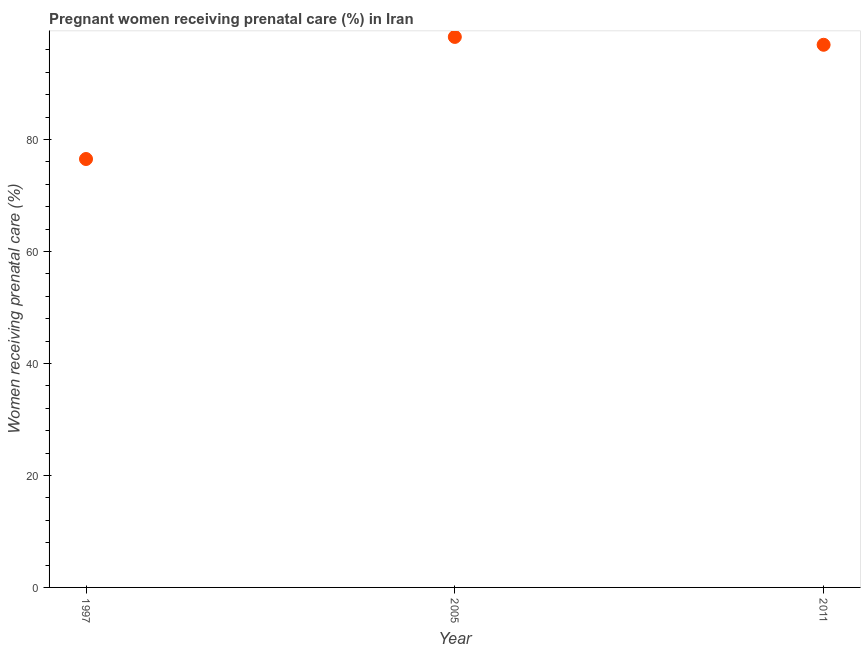
| Year | Pregnant women receiving prenatal care |
 | --- | --- |
 | 1997 | 76.5 |
 | 2005 | 98.3 |
 | 2011 | 96.9 |